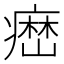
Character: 𤹳